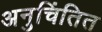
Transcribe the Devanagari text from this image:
अनुचिंतित